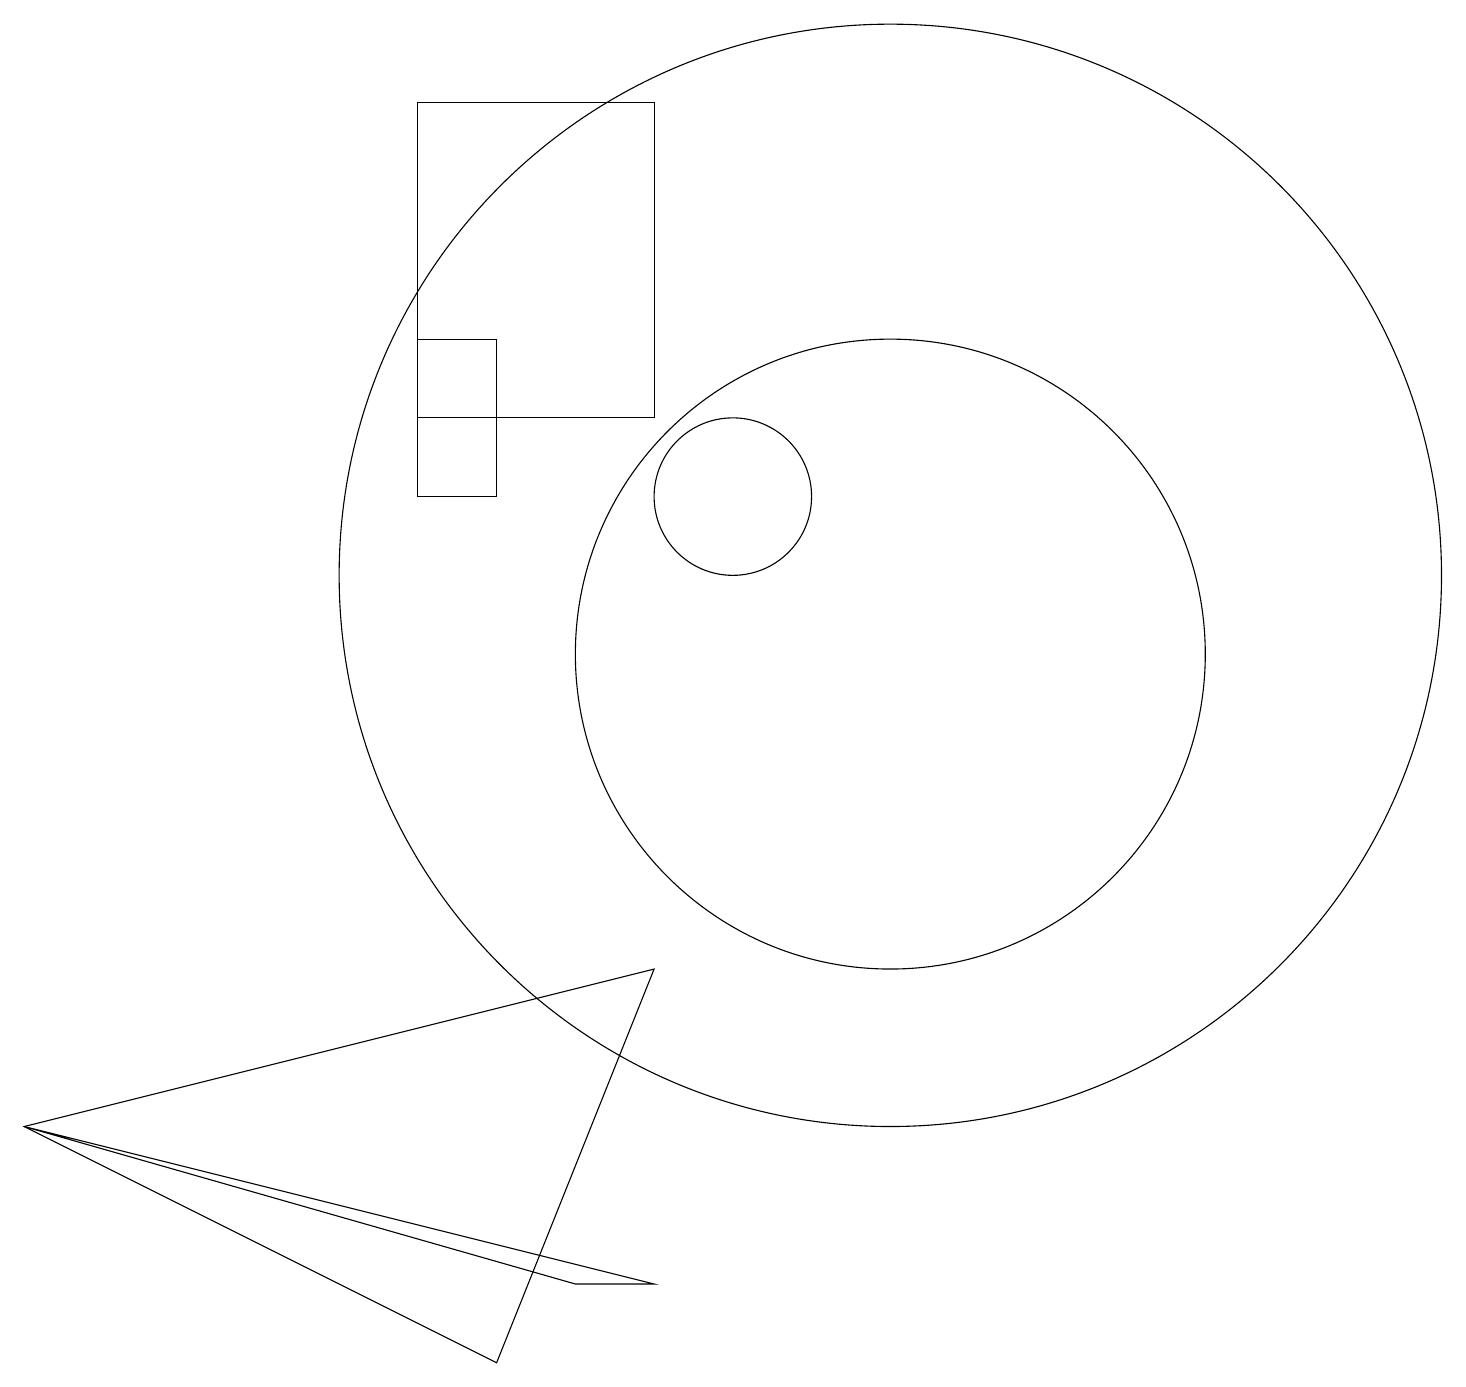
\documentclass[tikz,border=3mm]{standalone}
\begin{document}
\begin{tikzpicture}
\draw (10,12) circle (1);
\draw (12,10) circle (4);
\draw (6,12) rectangle (7,14);
\draw (1,4) -- (7,1) -- (9,6) -- cycle;
\draw (1,4) -- (9,2) -- (8,2) -- cycle;
\draw (12,11) circle (7);
\draw (9,13) rectangle (6,17);
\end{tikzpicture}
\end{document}